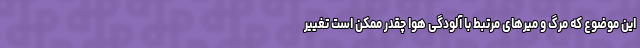
این موضوع که مرگ و میرهای مرتبط با آلودگی هوا چقدر ممکن است تغییر